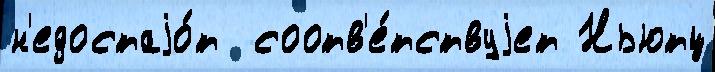
н'едостаjо́т  соотв'е́тствуjет Ньютц